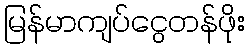
မြန်မာကျပ်ငွေတန်ဖိုး